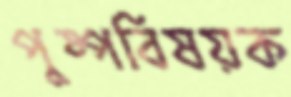
পুষ্পবিষয়ক